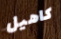
كاهيل